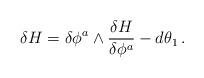
LaTeX: \begin{align*}\delta H=\delta\phi^a\wedge \frac{\delta H}{\delta\phi^a}-d\theta_1 \,.\end{align*}